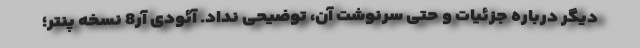
دیگر درباره جزئیات و حتی سرنوشت آن، توضیحی نداد. آئودی آر8 نسخه پنتر؛